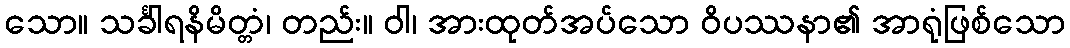
သော။ သင်္ခါရနိမိတ္တံ၊ တည်း။ ဝါ၊ အားထုတ်အပ်သော ဝိပဿနာ၏ အာရုံဖြစ်သော